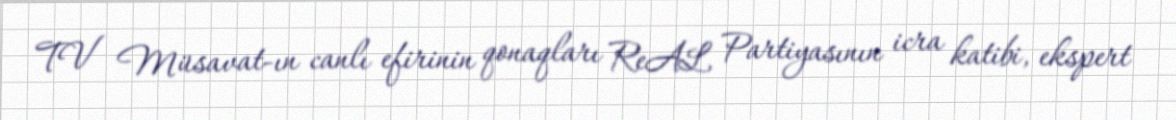
TV Müsavat-ın canlı efirinin qonaqları ReAL Partiyasının icra katibi, ekspert